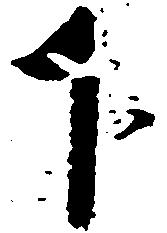
下